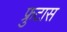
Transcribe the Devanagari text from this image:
फ्रुटास